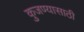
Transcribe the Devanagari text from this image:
कुजण्यासाठी